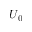
U _ { 0 }